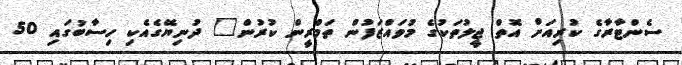
ސެންޓާރާގެ ކުރިއަށް އޮތް ޖީލުތަކުގެ މުވައްޒަފުން ތަމްރީން ކުރުން" ދުނިޔޭގެއެކި ހިސާބުގައި 50